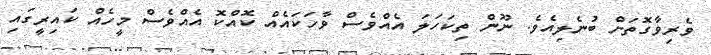
ވެރިވާގޮތަށް ބުނެލިއެވެ. ނޫން ތިކަހަލަ އެއްވެސް ވާހަކައެއް ކޮއްކޮ އެއްވެސް މީހެއް ކައިރީގައި